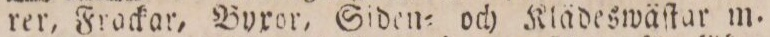
rer, Frackar, Byxor, Siden= och Klädeswäſtar m.